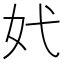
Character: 㚤